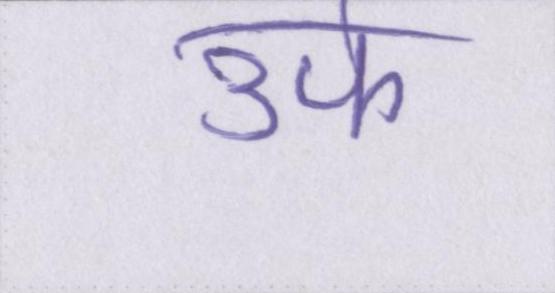
उर्फ